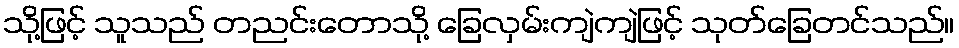
သို့ဖြင့် သူသည် တညင်းတောသို့ ခြေလှမ်းကျဲကျဲဖြင့် သုတ်ခြေတင်သည်။